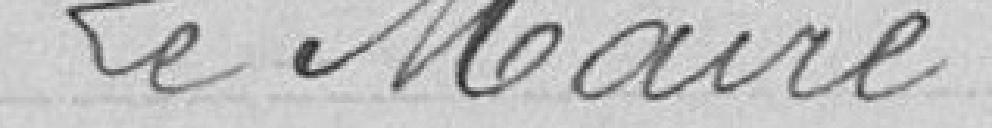
Le Maire